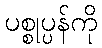
ပစ္စုပ္ပန်ကို